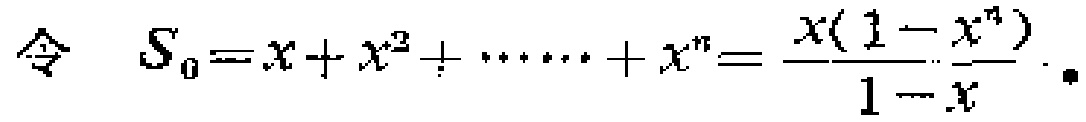
令 \(S_{0}=x + x^{2}+\cdots + x^{n}=\frac{x(1 - x^{n})}{1 - x}\)